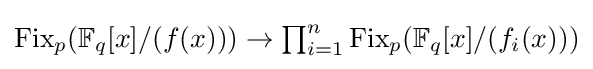
{\textstyle {\text{Fix}}_{p}(\mathbb {F} _{q}[x]/(f(x)))\to \prod _{i=1}^{n}{\text{Fix}}_{p}(\mathbb {F} _{q}[x]/(f_{i}(x)))}